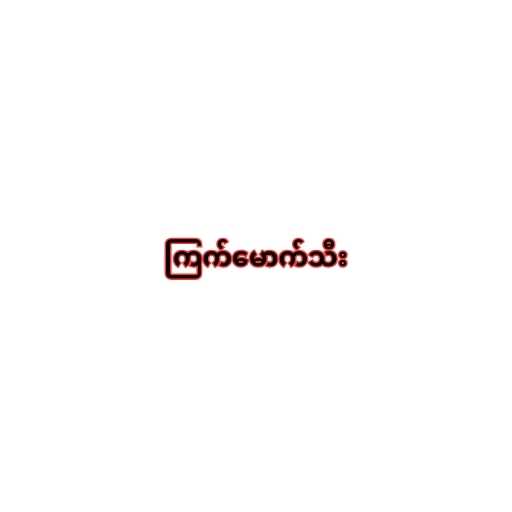
ကြက်မောက်သီး